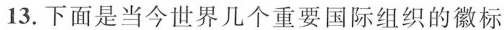
13.下面是当今世界几个重要国际组织的徽标